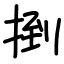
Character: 捯